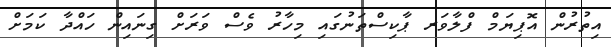
އިތުރުން އޮޕިޔަމް ފްލާވަރ ޕާކިސްތަނުގައި މިހާރު ވެސް ވަރަށް ގިނައިން ހައްދާ ކަމަށް